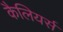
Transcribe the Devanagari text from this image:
कैलियर्स